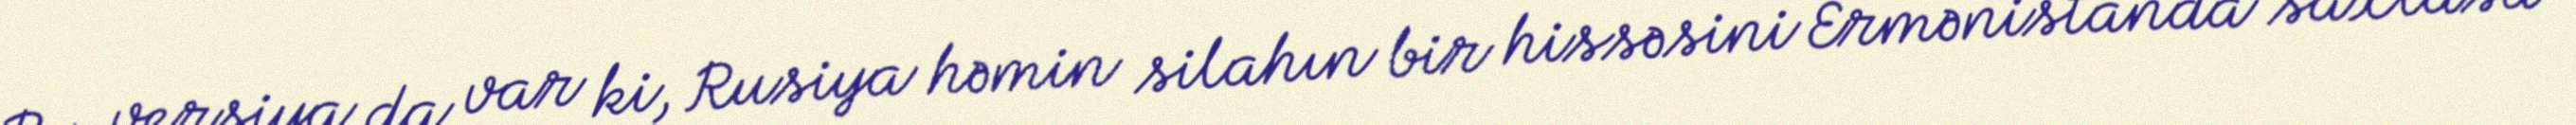
Bu versiya da var ki, Rusiya həmin silahın bir hissəsini Ermənistanda saxlasa